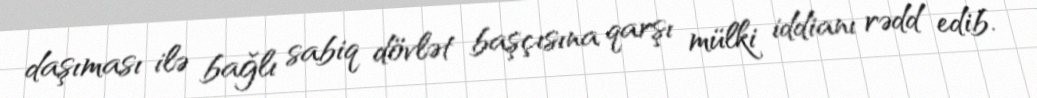
daşıması ilə bağlı sabiq dövlət başçısına qarşı mülki iddianı rədd edib.